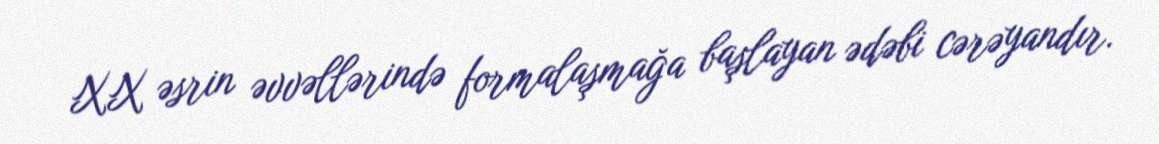
XX əsrin əvvəllərində formalaşmağa başlayan ədəbi cərəyandır.